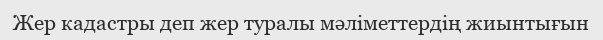
Жер кадастры деп жер туралы мәліметтердің жиынтығын